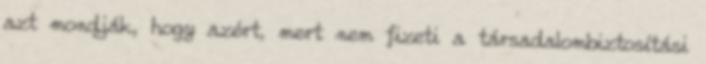
azt mondják, hogy azért, mert nem fizeti a társadalombiztosítási